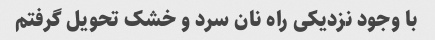
با وجود نزدیکی راه نان سرد و خشک تحویل گرفتم